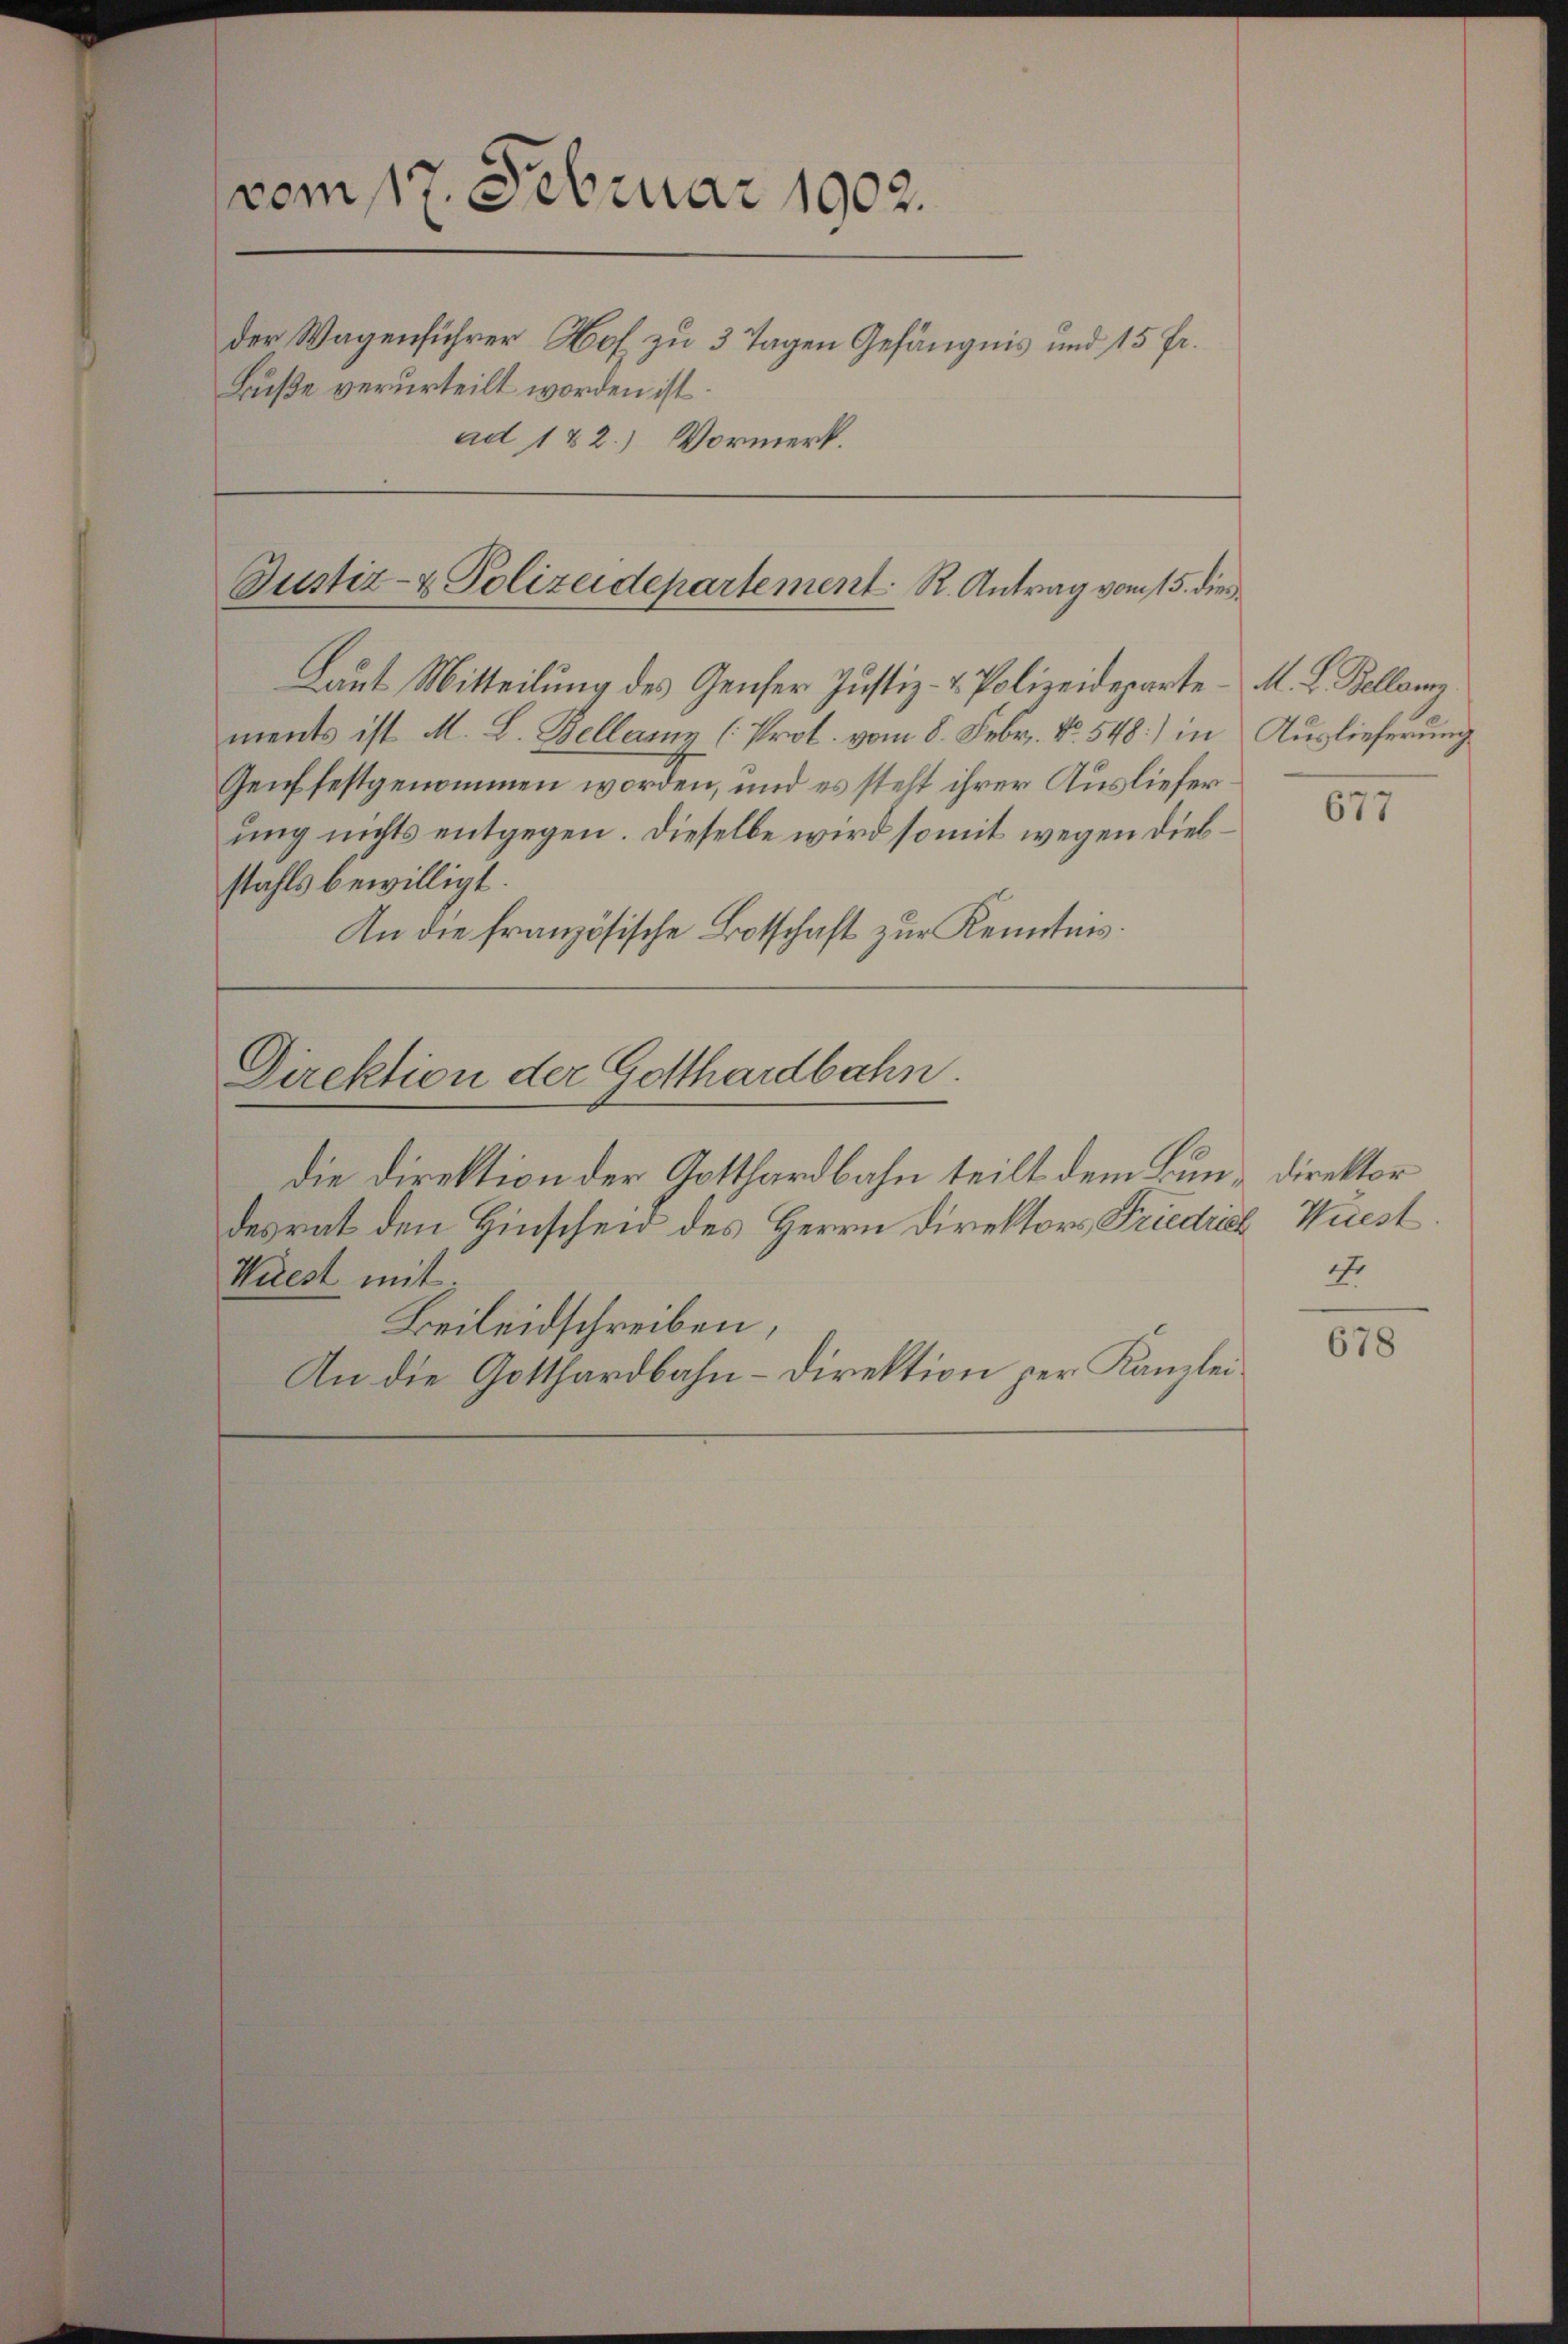
vom 17. Februar 1902.
der Wagenführer Hof zu 3 Tagen Gefängnis und 15 Fr.
Buße verurteilt worden ist.
ad 122.) Vormerk.

Justiz- & Polizeidepartement. R. Antrag vom 15. dies

Direktion der Gotthardbahn.

die Direktion der Gotthardbahn teilt dem Bun-direktor
desrat den Hinscheid des Herrn Direktors Friedrich Wüest
Wirest mit
Beileidschreiben,
An die Gotthardbahn-Direktion per Kanzlei¬

Laut Mitteilung des Genfer Justiz- & Polizeideparte M. L. Bellanz.
ments ist M. L. Bellerenz (Prot. vom 8. Febr. No. 548) in Auslieferung
Genf festgenommen worden, und es steht ihrer Auslieferung nichts entgegen. Dieselbe wird somit wegen Diebstahls bewilligt.
An die französische Botschaft zur Kenntnis.

677

d.

678